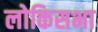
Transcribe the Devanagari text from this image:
लोकिसभा